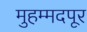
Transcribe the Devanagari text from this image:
मुहम्मदपूर